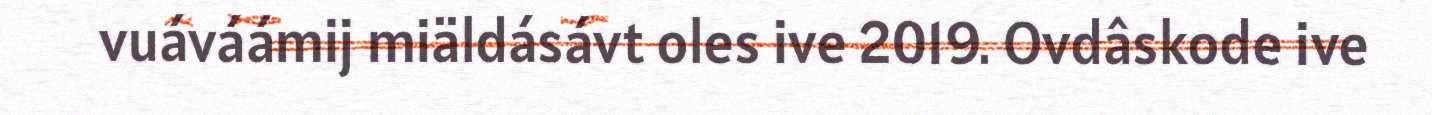
vuáváámij miäldásávt oles ive 2019. Ovdâskode ive